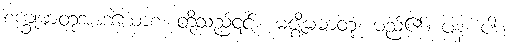
စက္ခုဓာတုအာဒယောစ၊ တို့သည်၎င်း။ မဇ္ဈိမဓာတု၊ မည်၏။ ပန၊ ပါး။